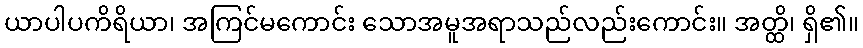
ယာပါပကိရိယာ၊ အကြင်မကောင်း သောအမူအရာသည်လည်းကောင်း။ အတ္ထိ၊ ရှိ၏။